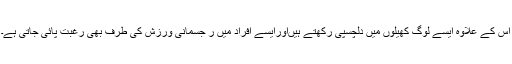
اس کے علاوہ ایسے لوگ کھیلوں میں دلچسپی رکھتے ہیںاورایسے افراد میں ر جسمانی ورزش کی طرف بھی رغبت پائی جاتی ہے۔